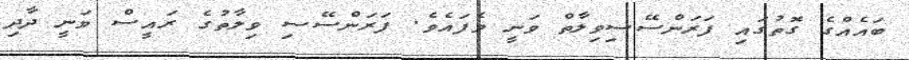
ބައެއްގެ ގޮތުގައި ފަރަންސޭސިވިލާތް ވަނީ ވެފައެވެ. ފަރަންސޭސި ވިލާތުގެ ރައީސް ވަނީ ދާދި